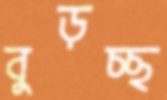
বুড়চ্ছ